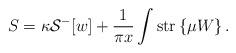
LaTeX: \begin{align*}S = \kappa {\cal S}^-[w] + \frac{1}{\pi x} \int \mbox{str} \left\{ \mu W \right\} .\end{align*}